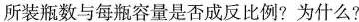
所装瓶数与每瓶容量是否成反比例?为什么?